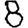
Digit: 8